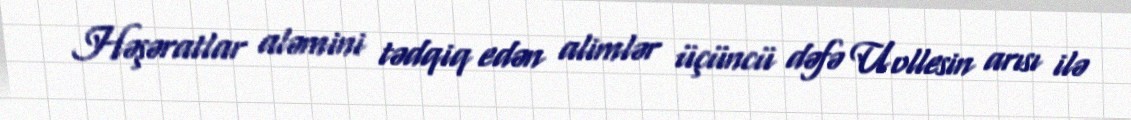
Həşəratlar aləmini tədqiq edən alimlər üçüncü dəfə Uollesin arısı ilə